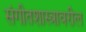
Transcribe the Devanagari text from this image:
संगीतशास्त्रावरील